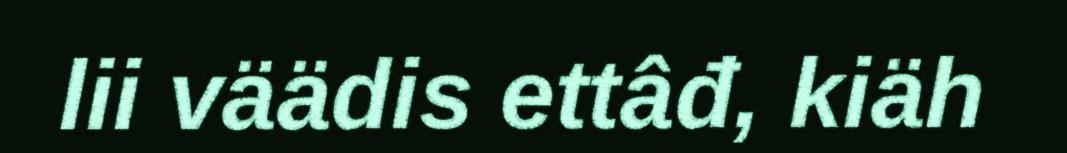
lii väädis ettâđ, kiäh